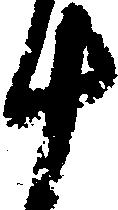
十